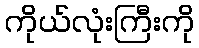
ကိုယ်လုံးကြီးကို